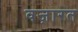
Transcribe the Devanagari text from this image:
वज़ारत